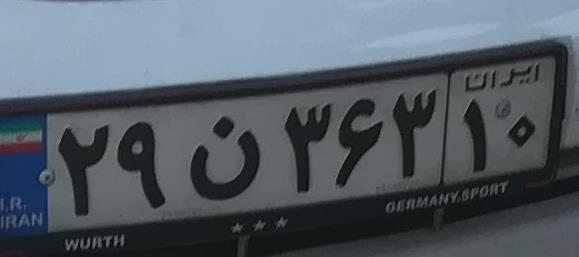
۲۹ن۳۶۳۱۰